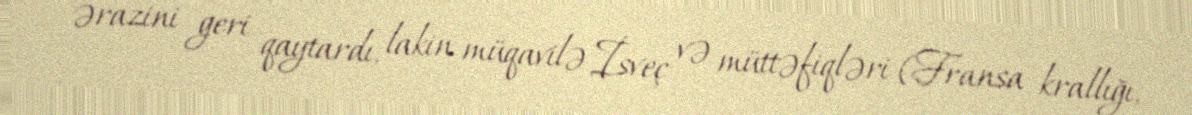
ərazini geri qaytardı, lakin müqavilə İsveç və müttəfiqləri (Fransa krallığı,